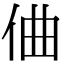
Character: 㑋